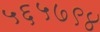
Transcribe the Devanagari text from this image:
५६५७९४